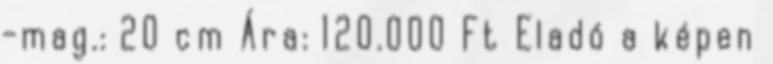
-mag.: 20 cm Ára: 120.000 Ft Eladó a képen